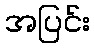
အပြင်း